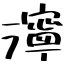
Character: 濘